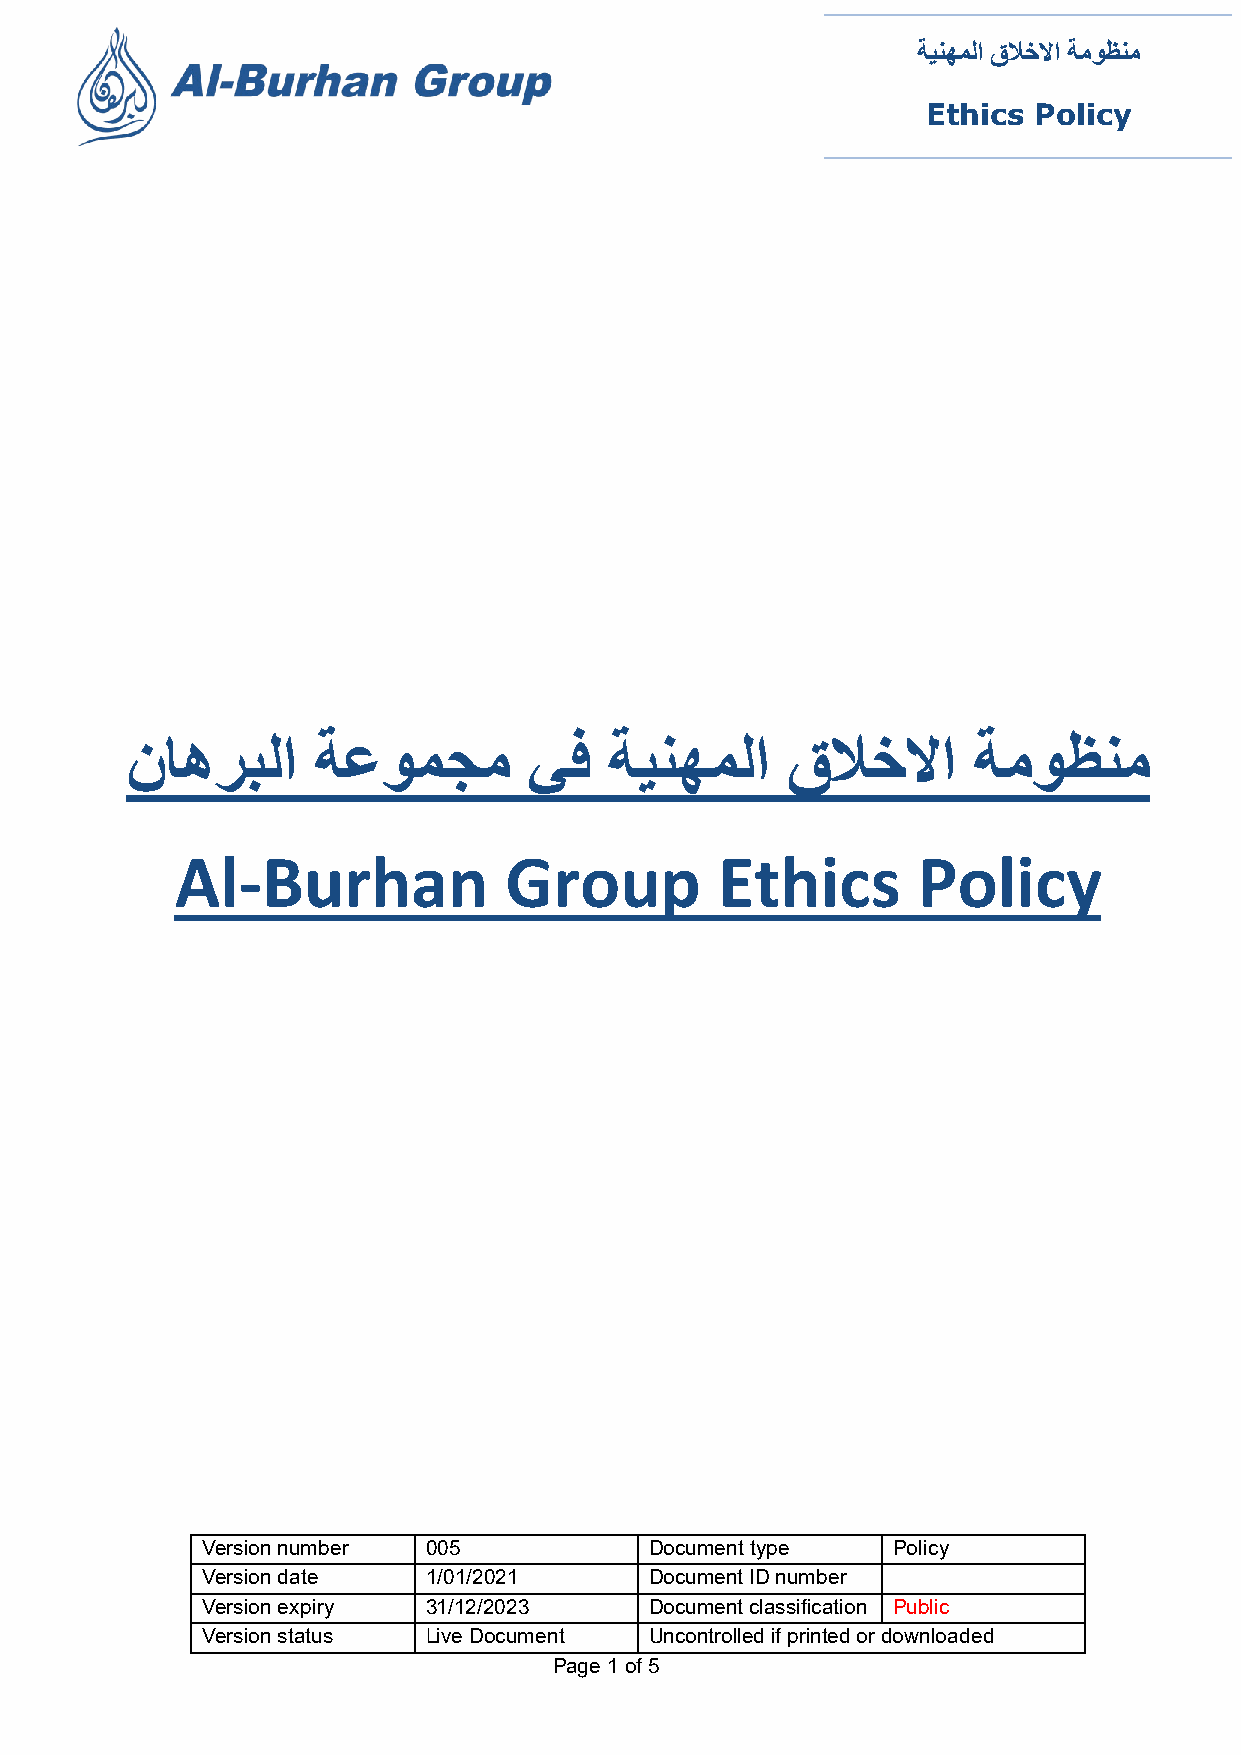
ﺔﯿﻨﮭﻤﻟا قﻼﺧﻻا ﺔﻣﻮﻈﻨﻣ
 Ethics Policy
 نﺎھﺮﺒﻟا      ﺔﻋﻮﻤﺠﻣ        ﻲﻓ   ﺔﯿﻨﮭﻤﻟا     قﻼﺧﻻا       ﺔﻣﻮﻈﻨﻣ
 Al-Burhan            Group         Ethics        Policy
 Version number 005            Document type   Policy
 Version date   1/01/2021      Document ID number
 Version expiry 31/12/2023     Document classification Public
 Version status Live Document  Uncontrolled if printed or downloaded
 Page 1 of 5